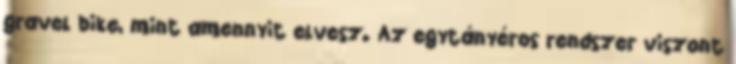
gravel bike, mint amennyit elvesz. Az egytányéros rendszer viszont